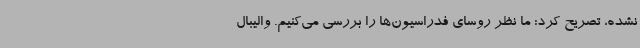
نشده، تصریح کرد: ما نظر روسای فدراسیون‌ها را بررسی می‌کنیم. والیبال